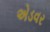
એડવર